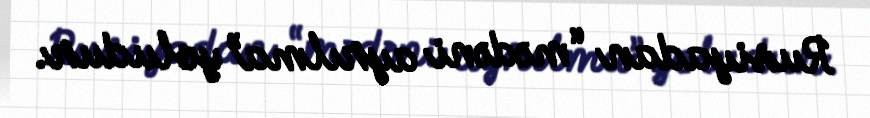
Rusiyadan “mədəni ayrılma” yoludur.